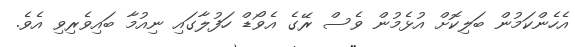
އެހެންކަމުން ބަލިކޮށް އުޅެމުން ވެސް ރޭގެ އެވޯޑް ހަފުލާގައި ނިއުމާ ބައިވެރިވި އެވެ.